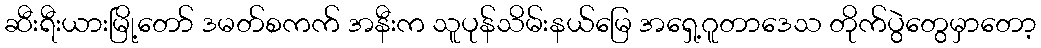
ဆီးရီးယားမြို့တော် ဒမတ်စကက် အနီးက သူပုန်သိမ်းနယ်မြေ အရှေ့ဂူတာဒေသ တိုက်ပွဲတွေမှာတော့